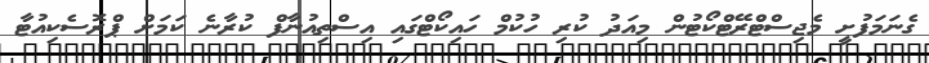
ގެނަމަފުށީ މެޖިސްޓްރޭޓްކޯޓުން މިއަދު ކުރި ހުކުމް ހައިކޯޓްގައި އިސްތިއުނާފް ކުރާނެ ކަމަށް ޕްރޮސެކިއުޓާ